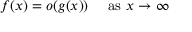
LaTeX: f ( x ) = o ( g ( x ) ) \quad { \mathrm { ~ a s ~ } } x \to \infty